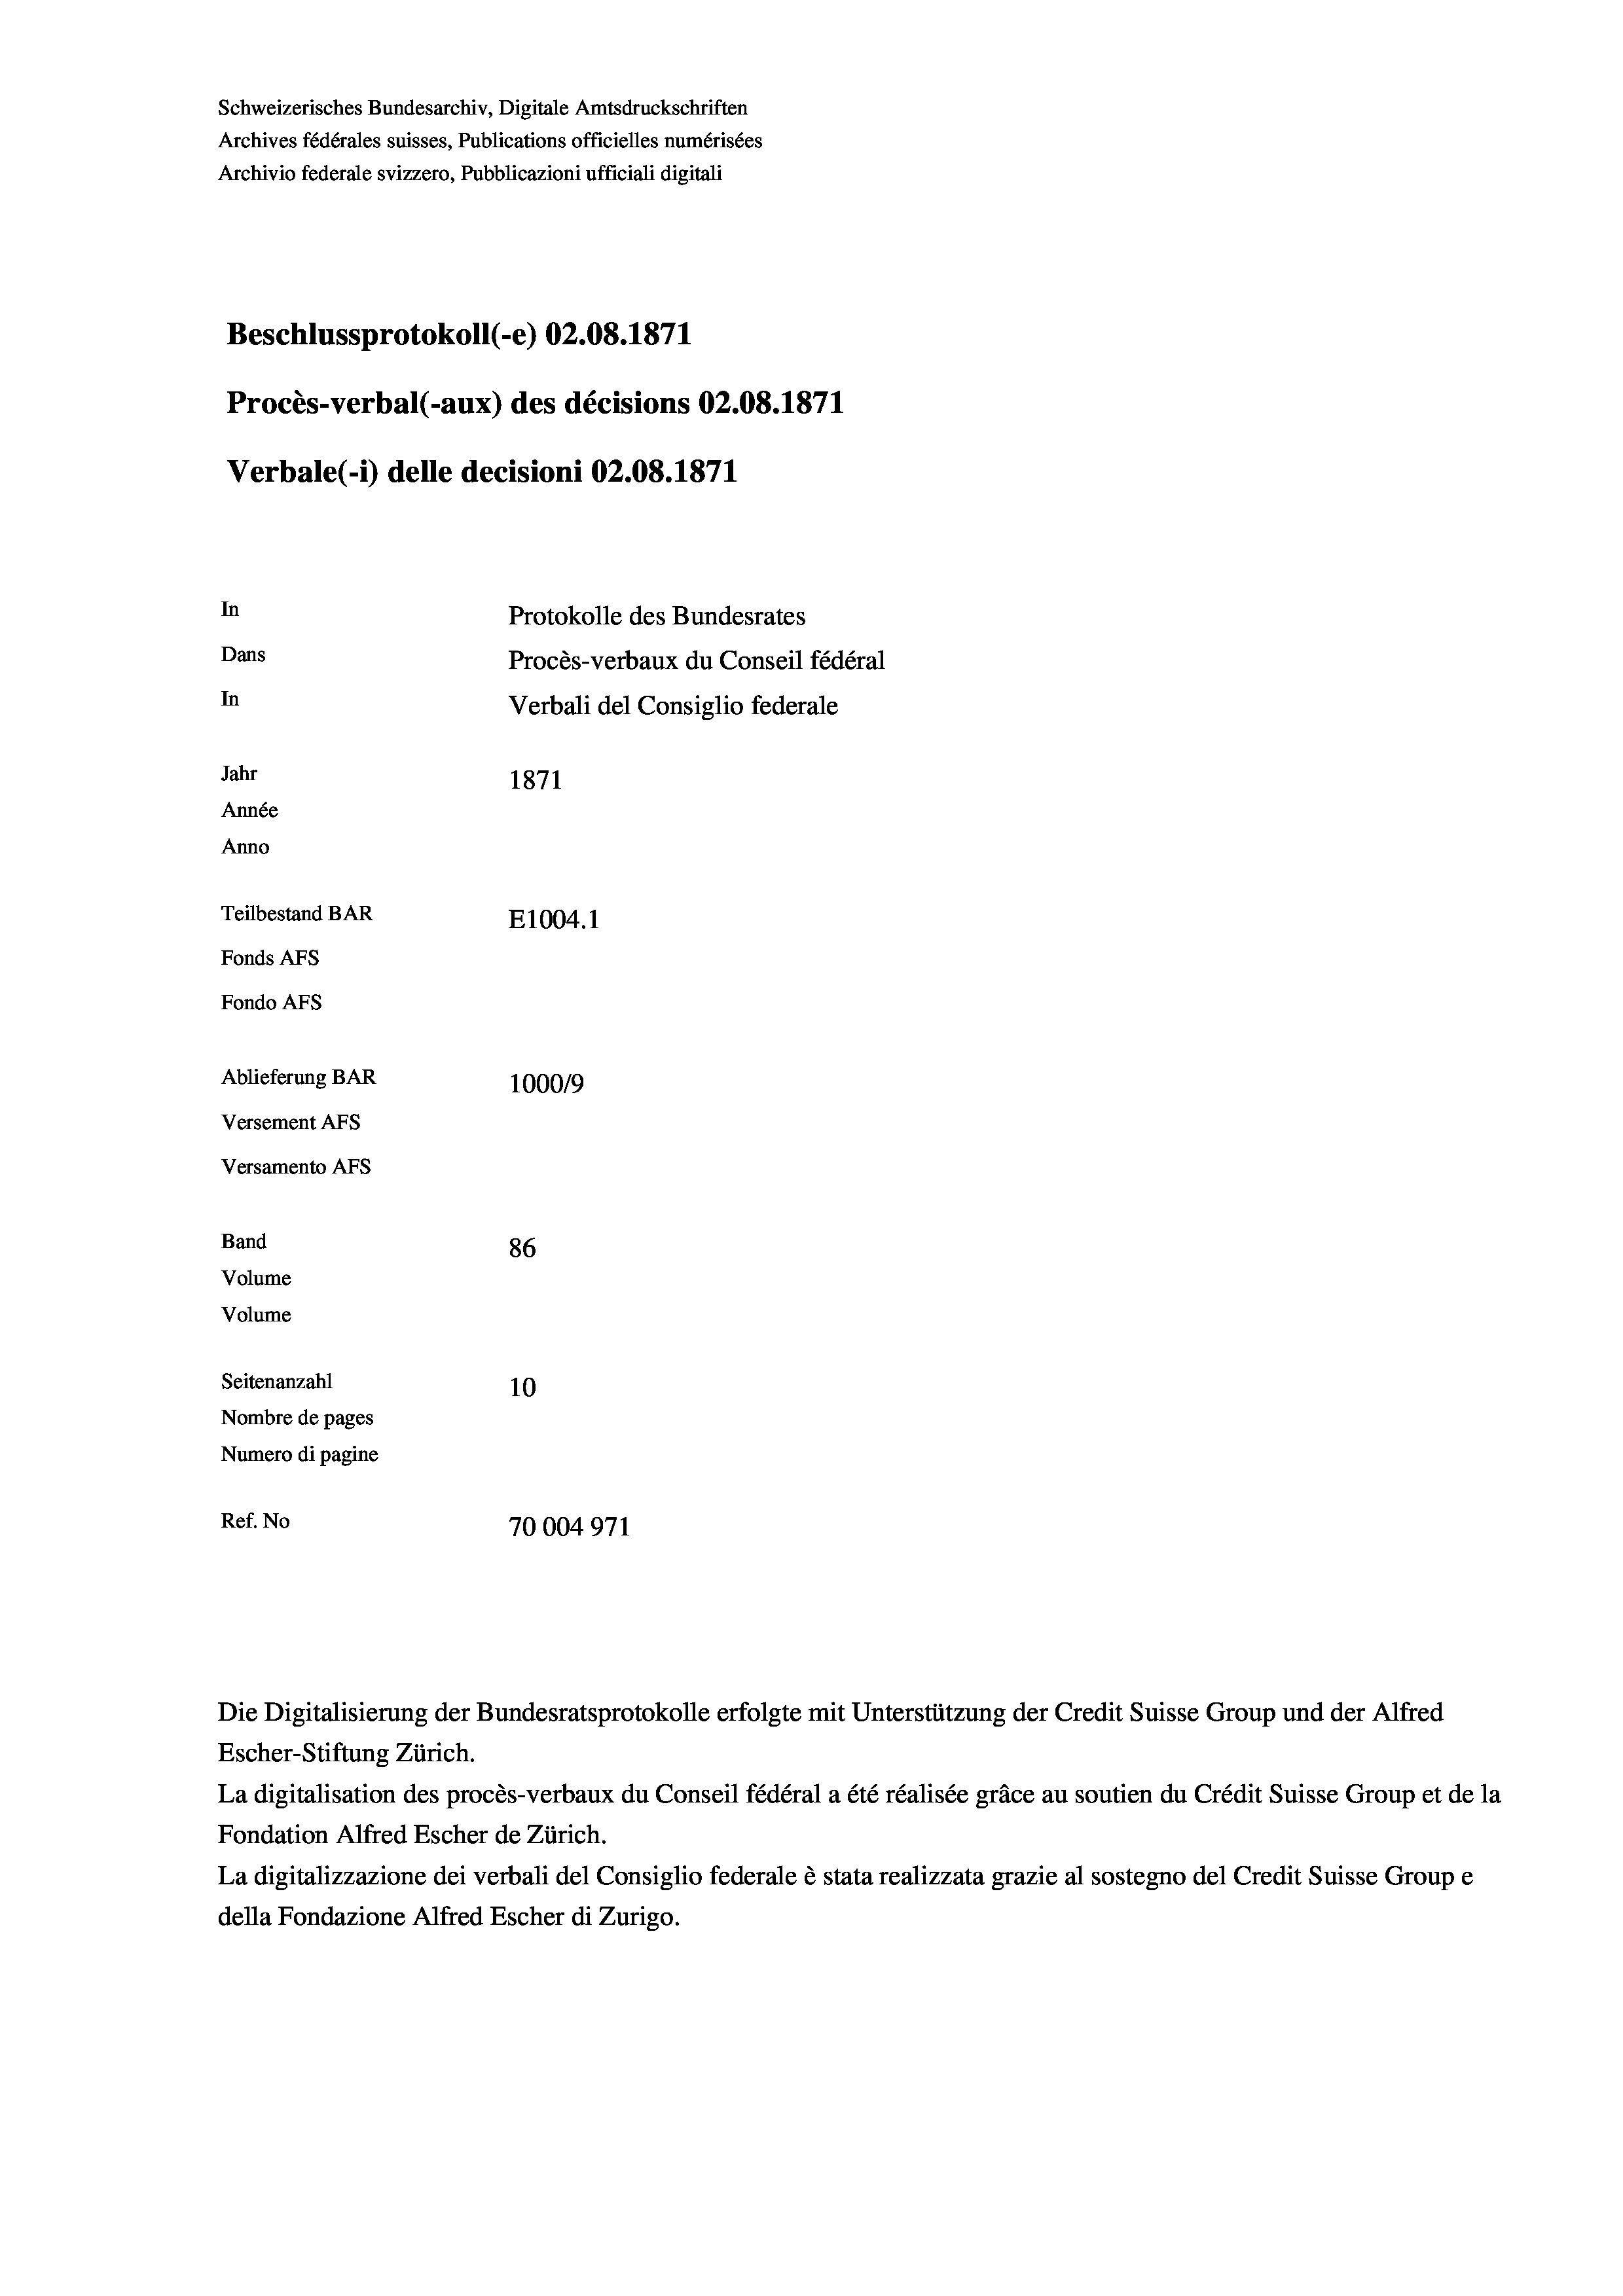
Schweizerisches Bundesarchiv, Digitale Amtsdruckschriften
Archives fédérales suisses, Publications officielles numérisées
Archivio federale svizzero, Pubblicazioni ufficiali digitali
Beschlussprotokoll (-e) 02.08. 1871
Procès-verbal (-aux) des décisions 02.08. 1871
Verbale (- 1) delle decisioni 02.08. 1871
In
Protokolle des Bundesrates
Dans
Procès-verbaux du Conseil fédéral
In
Verbali del Consiglio federale
Jahr
1871
Année
Anno
Teilbestand BAR
E1004.1
Fonds Afs
Fondo AFs
Ablieferung BAR
100019
Versement Abs
Versamento Afs

Band
Volume

86
Seitenanzahl
10
Nombre de pages
Numero di pagine
Ref. No
70004971

Volume

Die Digitalisierung der Bundesratsprotokolle erfolgte mit Unterstützung der Credit Suisse Group und der Alfred
Escher-Stiftung Zürich.
La digitalisation des procès-verbaux du Conseil fédéral a été réalisée gräce au soutien du Crédit Suisse Group et de la
Fondation Alfred Escher de Zürich.
La digitalizzazione dei verbali del Consiglio federale è stata realizzata grazie al sostegno del Credit Suisse Groupe
della Fondazione Alfred Escher di Zurigo.